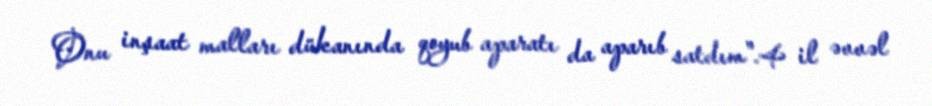
Onu inşaat malları dükanında qoyub aparatı da aparıb satdım".4 il əvvəl